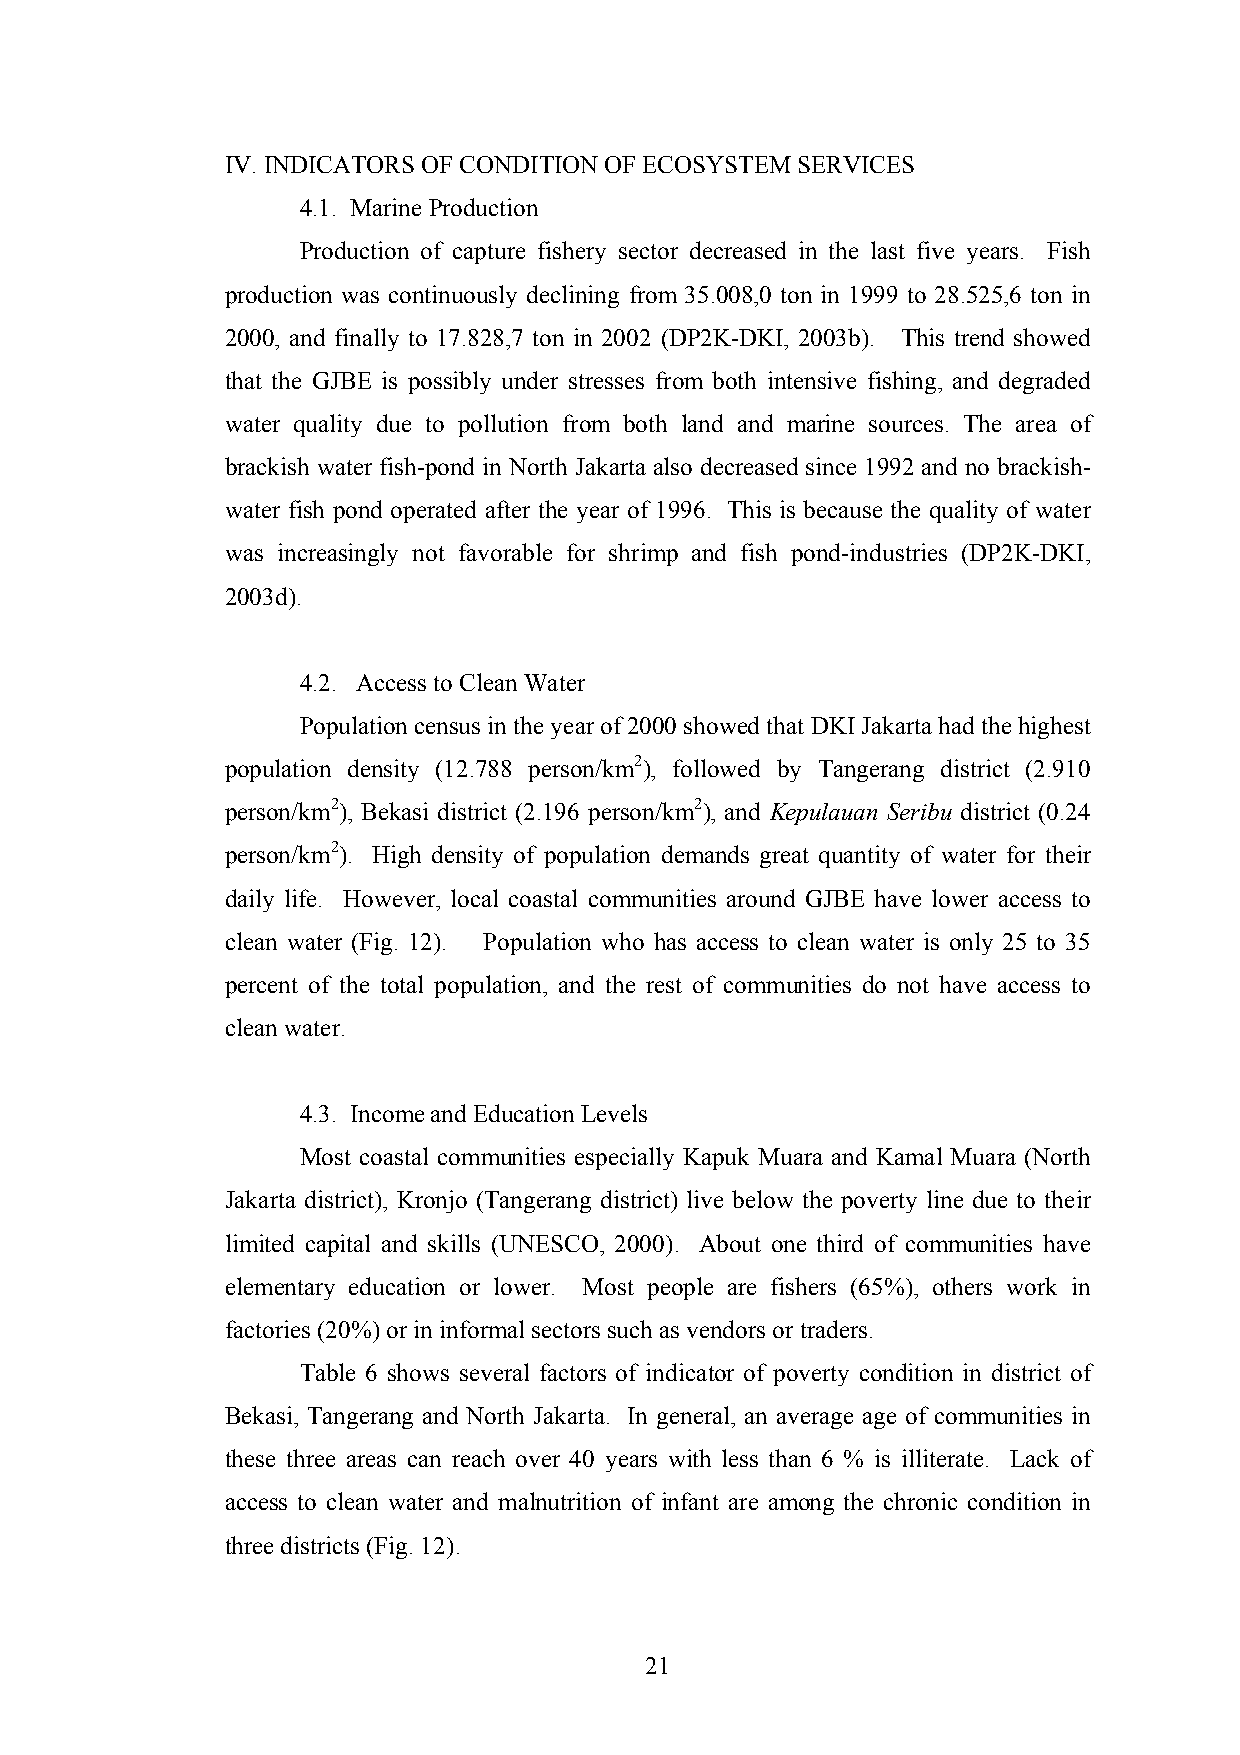
IV. INDICATORS OF CONDITION OF ECOSYSTEM SERVICES
 4.1. Marine Production
 Production of capture fishery sector decreased in the last five years. Fish
 production was continuously declining from 35.008,0 ton in 1999 to 28.525,6 ton in
 2000, and finally to 17.828,7 ton in 2002 (DP2K-DKI, 2003b). This trend showed
 that the GJBE is possibly under stresses from both intensive fishing, and degraded
 water quality due to pollution from both land and marine sources. The area of
 brackish water fish-pond in North Jakarta also decreased since 1992 and no brackish-
 water fish pond operated after the year of 1996. This is because the quality of water
 was increasingly not favorable for shrimp and fish pond-industries (DP2K-DKI,
 2003d).
 4.2. Access to Clean Water
 Population census in the year of 2000 showed that DKI Jakarta had the highest
 population density (12.788 person/km2), followed by Tangerang district (2.910
 person/km2), Bekasi district (2.196 person/km2), and Kepulauan Seribu district (0.24
 person/km2). High density of population demands great quantity of water for their
 daily life. However, local coastal communities around GJBE have lower access to
 clean water (Fig. 12). Population who has access to clean water is only 25 to 35
 percent of the total population, and the rest of communities do not have access to
 clean water.
 4.3. Income and Education Levels
 Most coastal communities especially Kapuk Muara and Kamal Muara (North
 Jakarta district), Kronjo (Tangerang district) live below the poverty line due to their
 limited capital and skills (UNESCO, 2000). About one third of communities have
 elementary education or lower. Most people are fishers (65%), others work in
 factories (20%) or in informal sectors such as vendors or traders.
 Table 6 shows several factors of indicator of poverty condition in district of
 Bekasi, Tangerang and North Jakarta. In general, an average age of communities in
 these three areas can reach over 40 years with less than 6 % is illiterate. Lack of
 access to clean water and malnutrition of infant are among the chronic condition in
 three districts (Fig. 12).
 21